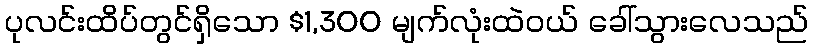
ပုလင်းထိပ်တွင်ရှိသော $1,300 မျက်လုံးထဲဝယ် ခေါ်သွားလေသည်